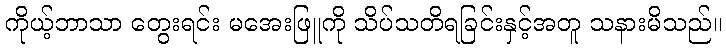
ကိုယ့်ဘာသာ တွေးရင်း မအေးဖြူကို သိပ်သတိရခြင်းနှင့်အတူ သနားမိသည်။